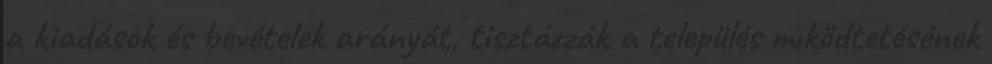
a kiadások és bevételek arányát, tisztázzák a település mıködtetésének